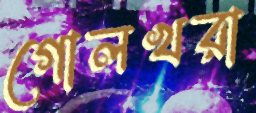
গোলখরা